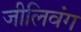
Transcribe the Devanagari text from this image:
जीलिवंग